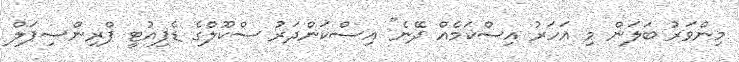
މިންވަރު ބަލަން މި އަހަރު އިސްކަމެއް ދޭނެ" އިސްކަންދަރު ސްކޫލްގެ ޑެޕިއުޓީ ޕްރިންސިޕަލް